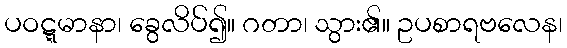
ပဝဋ္ဋမာနာ၊ ခွေလိပ်၍။ ဂတာ၊ သွား၏။ ဥပစာရဗလေန၊